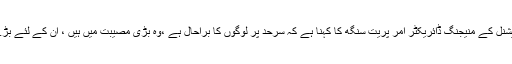
بھارتی ذرائع ابلاغ کے مطابق خالصا ایڈانٹرنیشنل کے منیجنگ ڈائریکٹر امر پریت سنگھ کا کہنا ہے کہ سرحد پر لوگوں کا براحال ہے ،وہ بڑی مصیبت میں ہیں ، ان کے لئے بڑے پیمانے پر ریلیف آپریشن کی ضرورت ہے۔